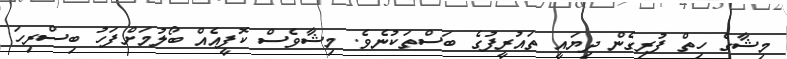
މިޝާގެ ހިތް ފުރިގެން ދިޔައީ ތައުރީފުގެ ބަސްތަކުނެވެ. މިޝާވެސް ކޮފީއެއް ބޯލުމަށްފަހު ބިސްރިހަ